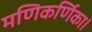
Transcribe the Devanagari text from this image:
मणिकर्णिका।